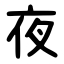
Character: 夜